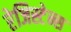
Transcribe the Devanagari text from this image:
रेजिस्टेन्स